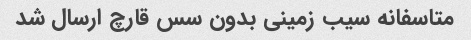
متاسفانه سیب زمینی بدون سس قارچ ارسال شد